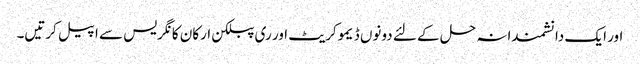
اور ایک دانشمندانہ حل کے لئے دونوں ڈیموکریٹ اور ری پبلکن ارکان کانگریس سے اپیل کرتیں۔